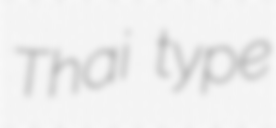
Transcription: Thai type